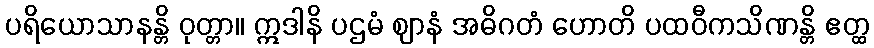
ပရိယောသာနန္တိ ဝုတ္တာ။ ဣဒါနိ ပဌမံ ဈာနံ အဓိဂတံ ဟောတိ ပထဝီကသိဏန္တိ ဧတ္ထ